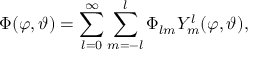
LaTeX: \Phi ( \varphi , \vartheta ) = \sum _ { l = 0 } ^ { \infty } \sum _ { m = - l } ^ { l } \Phi _ { l m } Y _ { m } ^ { l } ( \varphi , \vartheta ) ,